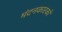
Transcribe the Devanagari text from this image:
मंदनकारकों